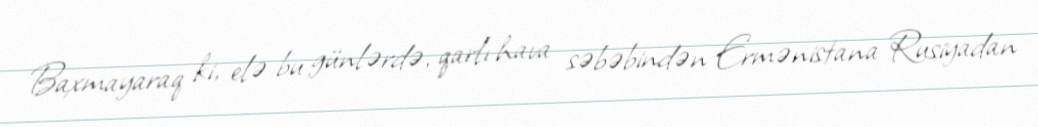
Baxmayaraq ki, elə bu günlərdə, qarlı hava səbəbindən Ermənistana Rusiyadan